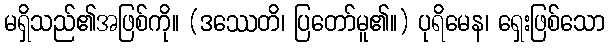
မရှိသည်၏အဖြစ်ကို။ (ဒဿေတိ၊ ပြတော်မူ၏။) ပုရိမေန၊ ရှေးဖြစ်သော